Civil Veterinary Department Bihar & Orissa reports 1929-36 - 1929-1936
Year: 1929
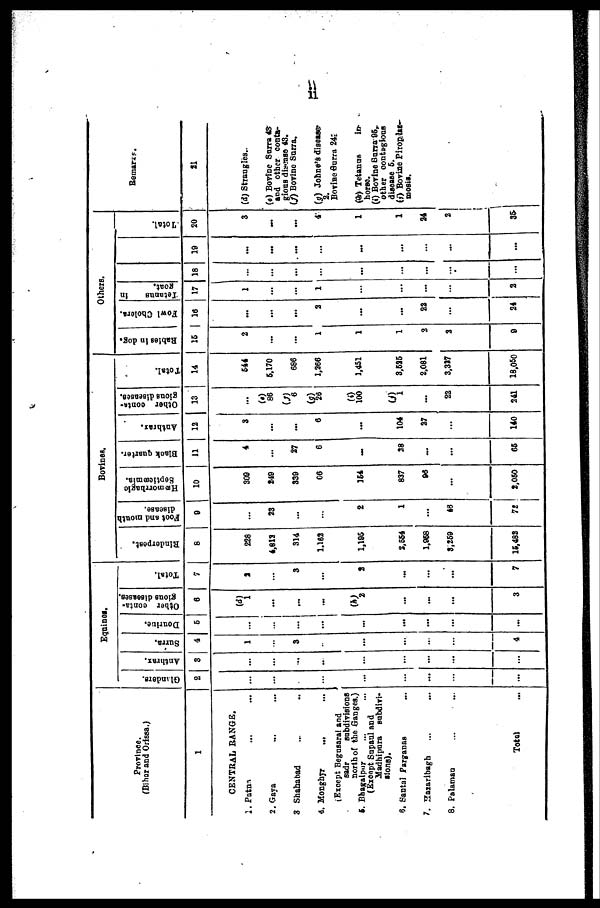
ii
Province.
(Bihar and Orissa.)
1
CENTRAL RANGE.
2. Patna ... ...
2. Gaya ... ...
3 Shahabad ... ...
4. Monghyr ... ...
(Except Begusarai and
sadr
subdivisions
north of the Ganges.)
5. Bhagalpur ... ...
(Except Supaul and
Madhipara subdivi-
sions).
6. Santal Parganas ...
7. Hazaribagh ... ...
8. Palaman ... ...
Total ...
Equines.
Glanders.
2
...
...
...
...
...
...
...
...
...
Anthrax.
3
...
...
...
...
...
...
...
...
...
Surra.
4
1
...
3
...
...
...
...
...
4
Dourine.
5
...
...
...
...
...
...
...
...
...
Other conta-
gious diseases.
6
(d)
1
...
...
...
(b)
2
...
...
...
3
Total.
7
2
...
3
...
2
...
...
...
7
Bovines.
Rinderpest.
8
228
4,813
314
1,182
1,195
2,554
1,958
3,259
15,482
Foot and mouth.
disease.
9
...
23
...
...
2
1
...
48
72
Hæmorrhagic
Septicæmia.
10
309
249
339
66
164
837
96
...
2,050
Black quarter.
11
4
...
27
6
...
38
...
...
65
Anthrax.
12
3
...
...
6
...
104
27
...
140
Other conta-
gious diseases.
13
...
(e)
86
(f)
6
(g)
20
(i)
100
(j)
1
...
22
241
Total.
14
544
5,170
686
1,266
1,451
3,525
2,081
3,327
18,050
Others.
Rabies in dog.
15
2
...
...
1
1
1
2
2
9
Fowl Cholera.
16
...
...
...
2
...
...
22
...
24
Tetanus
in
goat.
17
1
...
...
1
...
...
...
...
2
18
...
...
...
...
...
...
...
...
...
19
...
...
...
...
...
...
...
...
...
Total.
20
3
...
...
4
1
1
24
2
35
Remarks.
21
(d) Strangles.
(e) Bovine Surra 43
and other conta-
gious disease 43.
(f) Bovine Surra.
(g) Johne's disease
2.
Bovine Surra 24
(h)
Tetanus
in-
horse.
(i) Bovine Surra 95,
other contagious
disease 5.
(j) Bovine Pirop las-
mosis.